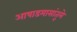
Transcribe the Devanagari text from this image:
आषाडमासांतूले